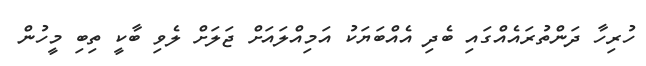
ހުރިހާ ދަންތުރައެއްގައި ބެދި އެއްބަޔަކު އަމިއްލައަށް ޖަލަށް ލެވި ބާކީ ތިބި މީހުން